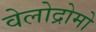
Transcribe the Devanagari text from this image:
वेलोद्रोमो